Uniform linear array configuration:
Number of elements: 4
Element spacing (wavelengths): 1
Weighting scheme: hann
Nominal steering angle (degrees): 60
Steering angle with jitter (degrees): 61.197
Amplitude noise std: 0.05
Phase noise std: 0.05

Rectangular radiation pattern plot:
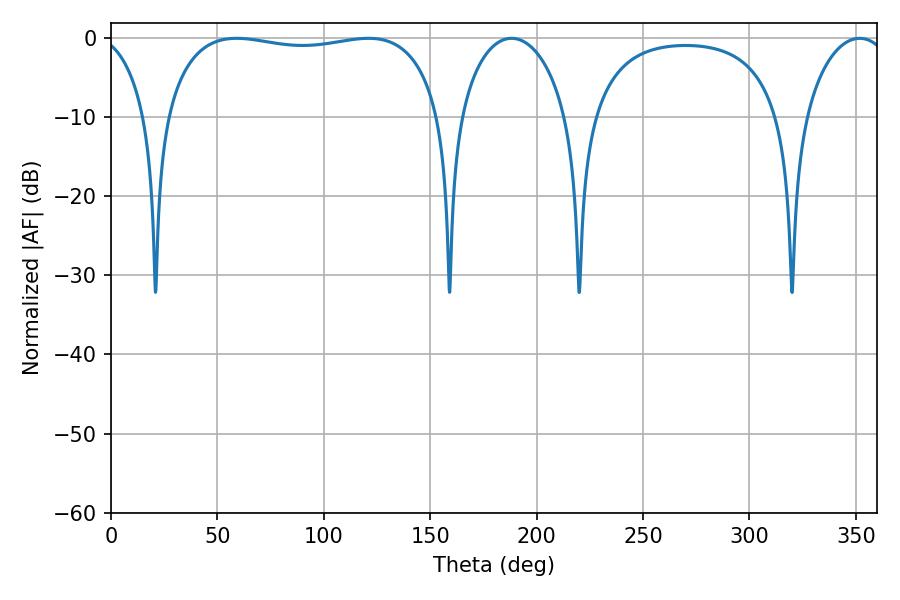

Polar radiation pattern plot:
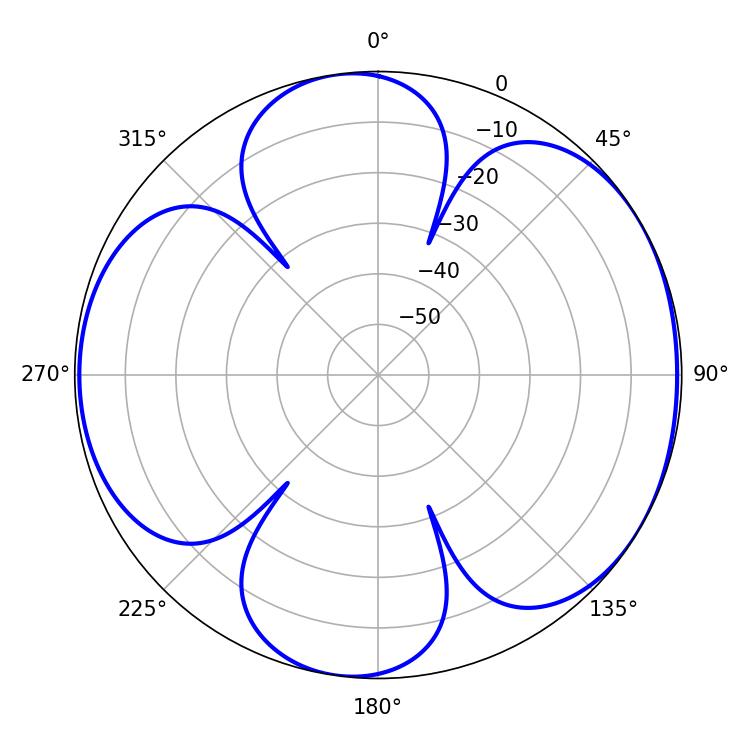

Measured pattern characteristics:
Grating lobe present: TRUE
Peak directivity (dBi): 5.841
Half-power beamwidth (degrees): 105.12
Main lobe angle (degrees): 59.04